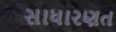
સાધારણત